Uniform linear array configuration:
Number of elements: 4
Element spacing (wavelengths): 0.75
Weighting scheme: kaiser
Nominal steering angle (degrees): -60
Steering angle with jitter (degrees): -58.456
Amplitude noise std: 0.05
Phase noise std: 0.05

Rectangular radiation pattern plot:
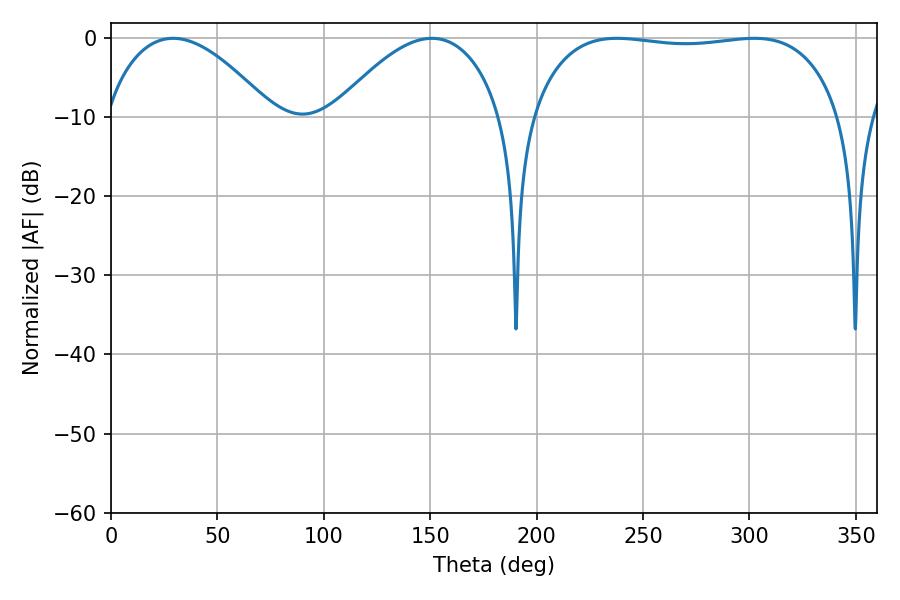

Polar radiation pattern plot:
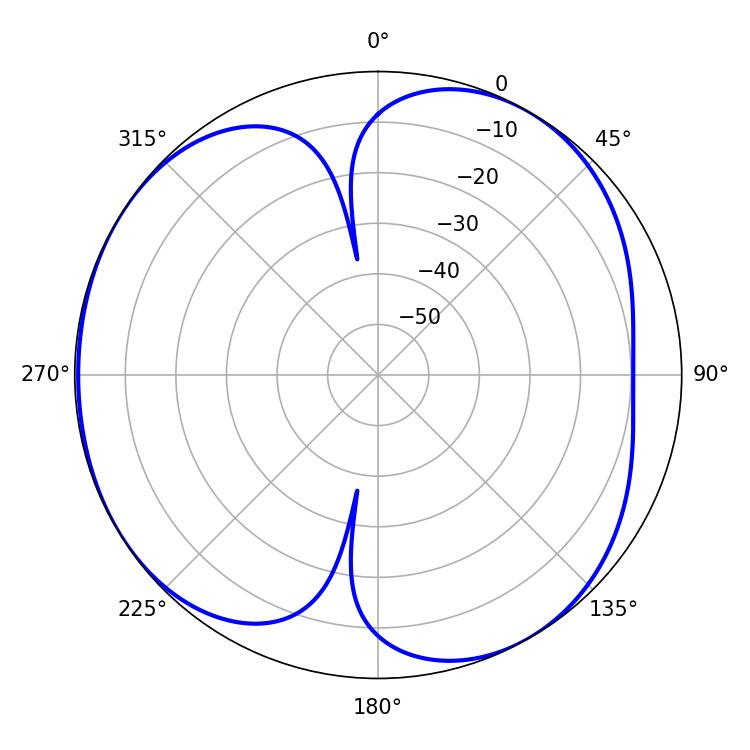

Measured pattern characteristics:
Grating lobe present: TRUE
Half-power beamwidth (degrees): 115.92
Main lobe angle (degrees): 237.78